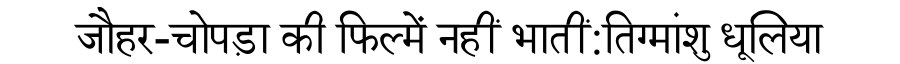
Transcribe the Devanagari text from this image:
जौहर-चोपड़ा की फिल्में नहीं भातीं:तिग्मांशु धूलिया